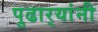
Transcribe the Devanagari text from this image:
पुढार्‍यांनी